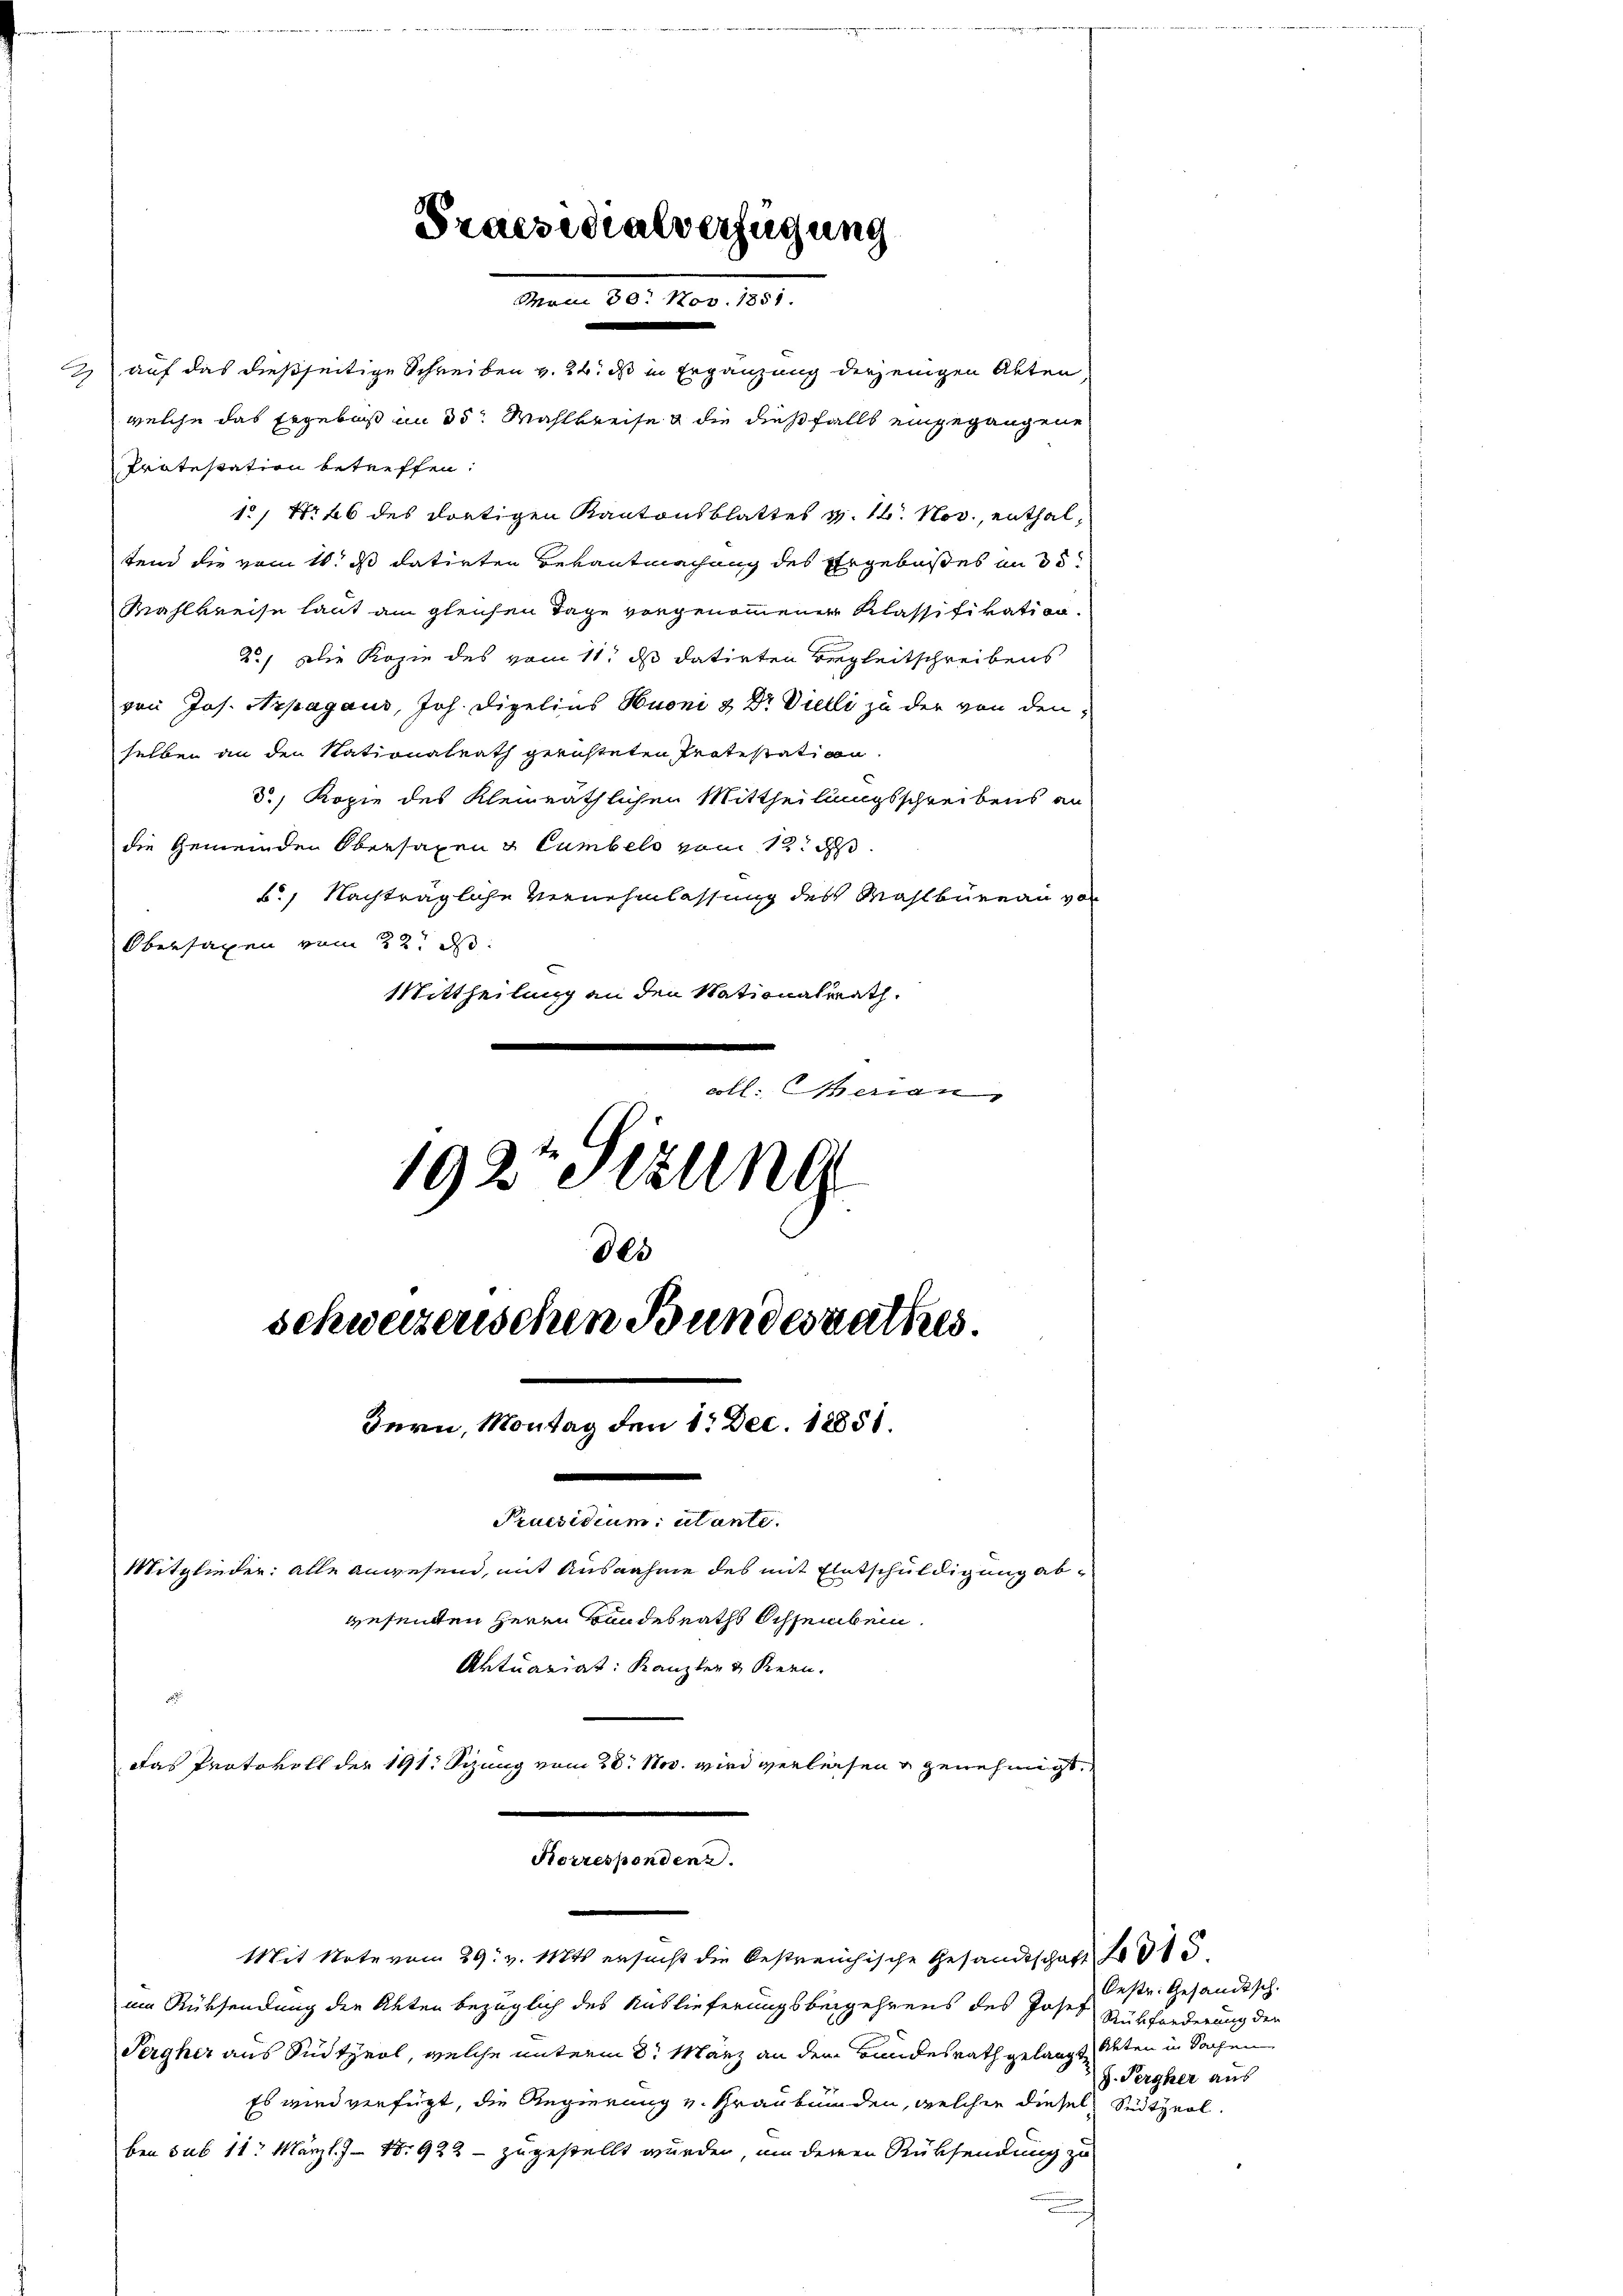
c

auf das dießseitige Schreiben v. 24. ds in Ergänzung derjenigen Akten
welche das Ergebniß am 30. Wahlkreise die dießfalls eingegangene
Protestation betreffen.
1., Nr. 26 des dortigen Kantonsblattes v. 16. Nov., enthaltend die vom 16. ds datirten Bekantmachung des Ergebeses an d
Wahlkreise laut am gleichen Tage vorgenommener Klassifikation.
2.) Die Kopie des vom 11t ds datirten Begleitschreibens
von Jos. Arpagaus, Joh. Dipgelins Huoni & Dr Vielli zu der von denselben an den Stationalrath gerichteten Protestation
d., Kopie des Kleinräthlichen Mittheilungsschreibens an
die Gemeinden Obersagen Cumbels vom 12. d.
B., Nachträgliche Vernehmlassung des Wahlbureau vor
Obersagen vom 22. d.
Mittheilung an den Nationalrath
coll. Genan
1927 Stzung
Des
schweizerischen Bundesrathes.
Bern, Montag den 1. Dec. 18851.
Praesidium utante.
Mitglieder: alle anwesend, mit Ausnahme des mit Entschuldigung abwesenden Herrn Handesraths Ochsenbein.
Aktuariat: Kanzler & Kern.
Das Protokoll der 191. Sizung vom 28. Nov. wird verlesen u genehmigt.
Korrespondenz.
Mit Note vom 29. v. Mts. ersucht die bestreichische Gesandtschaft fr. 313.
um Rücksendung der Akten bezüglich des Auslieferungsbegehrens des Josef Aufforderung den
Sergher aus Südtirol, welche unterm 8. März an dem Bundesrath gelangt, deten in Sachen
Es wird verfügt, die Regierung v. Graubünden, welcher diesel Seitzerl.
ben sub 11. März l. J. 18. 922 - zugestellt wurden, um deinen Rücksendung zu

Praesidialverfügung
.

Oestr. Gesandtsch.
J. Pergher aus